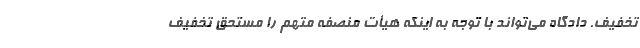
تخفیف. دادگاه می‌تواند با توجه به اینکه هیأت منصفه متهم را مستحق تخفیف